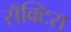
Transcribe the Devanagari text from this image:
सँक्टिस